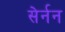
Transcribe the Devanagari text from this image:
सेर्नन